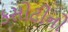
કસોટીનો